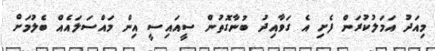
މިއަދު އަމަލުކުރަން ފެށި އެ ގަވާއިދު ބުނާގޮތުން ސީއައިސީ އިން މައްސަލައެއް ބެލުމަށް